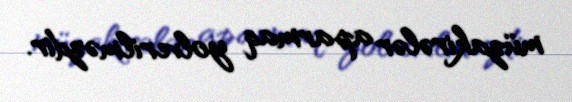
müzakirələr aparmaq yolverilməzdir.